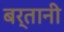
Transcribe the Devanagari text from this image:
बर्तानी